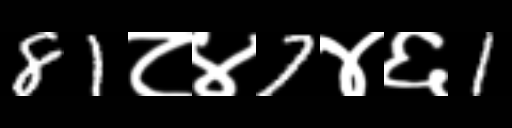
Text: 81८४7४६1